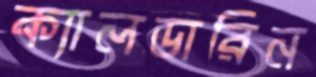
ক্যালডারিন